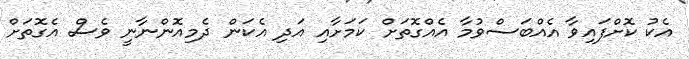
އެކު ކޮށްފައިވާ އެއްބަސްވުމާ އެއްގޮތަށް ކަމަށާއި އަދި އެކަން ދެމިއޮންނާނީ ވެސް އެގޮތަށް